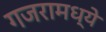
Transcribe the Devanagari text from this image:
गजरामध्ये